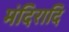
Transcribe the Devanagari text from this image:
मंदिरादि